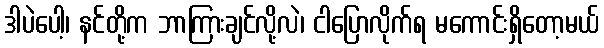
ဒါပဲပေါ့၊ နင်တို့က ဘာကြားချင်လို့လဲ၊ ငါပြောလိုက်ရ မကောင်းရှိတော့မယ်